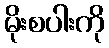
မိုးစပါးကို